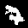
Digit: 7